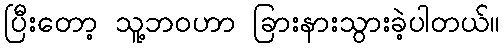
ပြီးတော့ သူ့ဘဝဟာ ခြားနားသွားခဲ့ပါတယ်။